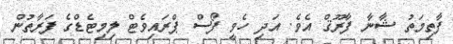
ފާތިމަތު ޝާނާ ފާރޫޤް އެވެ. އަދި ހެވީ ފޯސް ޕްރައިވެޓް ލިމިޓެޑްގެ ފަރާތުން